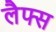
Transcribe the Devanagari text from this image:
लैफ्स